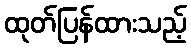
ထုတ်ပြန်ထားသည့်